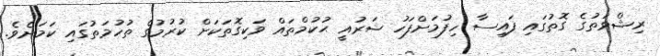
ރިޝްވަތުގެ ގޮތުގައި ފައިސާ ހިފުމަށްފަހު ޝަރުއީ ޙުކުމްތައް ވަކިގޮތަކަށް ކުރުމުގެ ތުހުމަތުގައި ކަމަށެވެ.